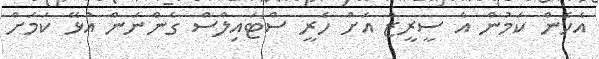
އެހެން ކަމުން އެ ސީރީޒް އަށް ހެރީ ސްޓައިލްސް ގެންނަން އުޅޭ ކަމަށް